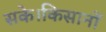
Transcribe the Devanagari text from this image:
सके।किसानों